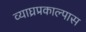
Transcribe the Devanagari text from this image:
व्याघ्रप्रकाल्पास